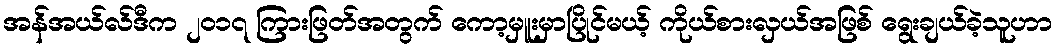
အန်အယ်လ်ဒီက ၂၀၁၇ ကြားဖြတ်အတွက် ကော့မှူးမှာပြိုင်မယ့် ကိုယ်စားလှယ်အဖြစ် ရွေးချယ်ခဲ့သူဟာ